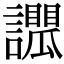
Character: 𧭑